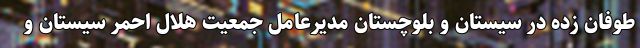
طوفان زده در سیستان و بلوچستان مدیرعامل جمعیت هلال احمر سیستان و